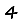
Digit: 4